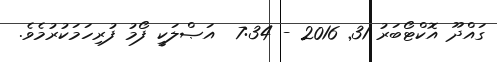
ގައްދޫ އޮކްޓޯބަރު 31